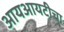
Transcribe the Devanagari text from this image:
आयआयटीचा